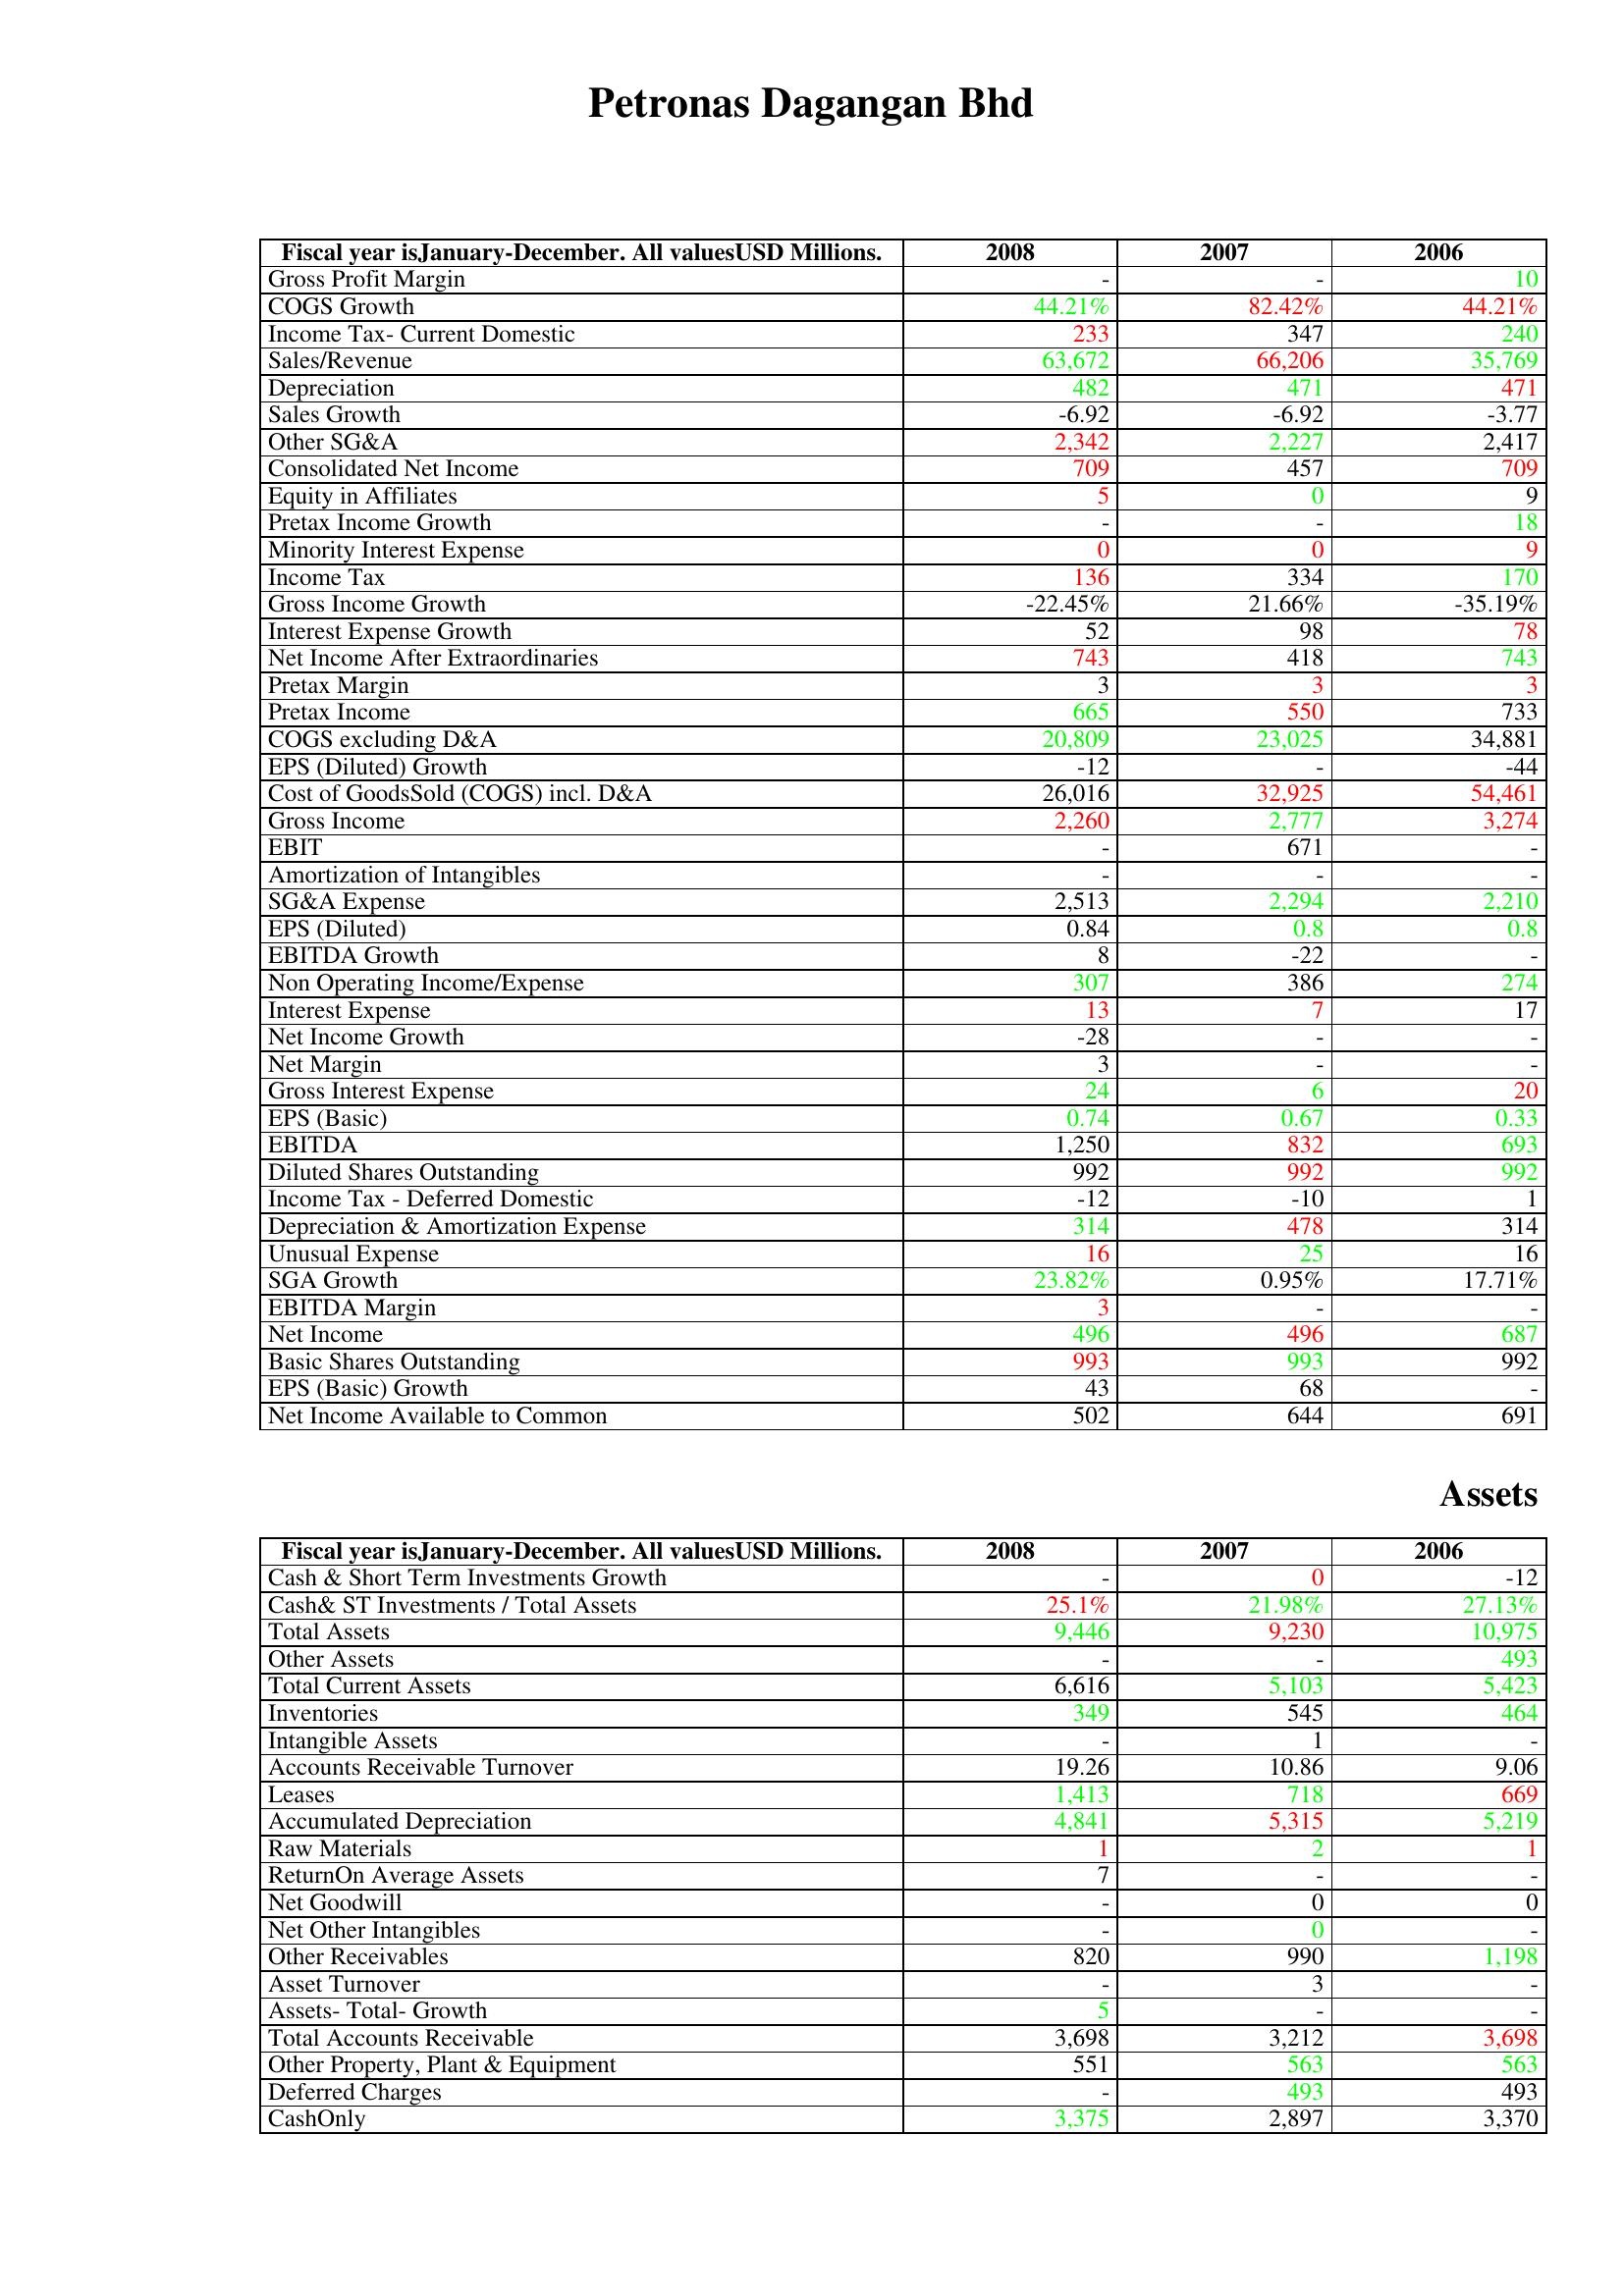
gt_parse: 2008: : Gross Profit Margin: -
COGS Growth: 44.21%
Income Tax- Current Domestic: 233
Sales/Revenue: 63,672
Depreciation: 482
Sales Growth: -6.92
Other SG&A: 2,342
Consolidated Net Income: 709
Equity in Affiliates: 5
Pretax Income Growth: -
Minority Interest Expense: 0
Income Tax: 136
Gross Income Growth: -22.45%
Interest Expense Growth: 52
Net Income After Extraordinaries: 743
Pretax Margin: 3
Pretax Income: 665
COGS excluding D&A: 20,809
EPS (Diluted) Growth: -12
Cost of GoodsSold (COGS) incl. D&A: 26,016
Gross Income: 2,260
EBIT: -
Amortization of Intangibles: -
SG&A Expense: 2,513
EPS (Diluted): 0.84
EBITDA Growth: 8
Non Operating Income/Expense: 307
Interest Expense: 13
Net Income Growth: -28
Net Margin: 3
Gross Interest Expense: 24
EPS (Basic): 0.74
EBITDA: 1,250
Diluted Shares Outstanding: 992
Income Tax - Deferred Domestic: -12
Depreciation & Amortization Expense: 314
Unusual Expense: 16
SGA Growth: 23.82%
EBITDA Margin: 3
Net Income: 496
Basic Shares Outstanding: 993
EPS (Basic) Growth: 43
Net Income Available to Common: 502
Assets: Cash & Short Term Investments Growth: -
Cash& ST Investments / Total Assets: 25.1%
Total Assets: 9,446
Other Assets: -
Total Current Assets: 6,616
Inventories: 349
Intangible Assets: -
Accounts Receivable Turnover: 19.26
Leases: 1,413
Accumulated Depreciation: 4,841
Raw Materials: 1
ReturnOn Average Assets: 7
Net Goodwill: -
Net Other Intangibles: -
Other Receivables: 820
Asset Turnover: -
Assets- Total- Growth: 5
Total Accounts Receivable: 3,698
Other Property, Plant & Equipment: 551
Deferred Charges: -
CashOnly: 3,375
2007: : Gross Profit Margin: -
COGS Growth: 82.42%
Income Tax- Current Domestic: 347
Sales/Revenue: 66,206
Depreciation: 471
Sales Growth: -6.92
Other SG&A: 2,227
Consolidated Net Income: 457
Equity in Affiliates: 0
Pretax Income Growth: -
Minority Interest Expense: 0
Income Tax: 334
Gross Income Growth: 21.66%
Interest Expense Growth: 98
Net Income After Extraordinaries: 418
Pretax Margin: 3
Pretax Income: 550
COGS excluding D&A: 23,025
EPS (Diluted) Growth: -
Cost of GoodsSold (COGS) incl. D&A: 32,925
Gross Income: 2,777
EBIT: 671
Amortization of Intangibles: -
SG&A Expense: 2,294
EPS (Diluted): 0.8
EBITDA Growth: -22
Non Operating Income/Expense: 386
Interest Expense: 7
Net Income Growth: -
Net Margin: -
Gross Interest Expense: 6
EPS (Basic): 0.67
EBITDA: 832
Diluted Shares Outstanding: 992
Income Tax - Deferred Domestic: -10
Depreciation & Amortization Expense: 478
Unusual Expense: 25
SGA Growth: 0.95%
EBITDA Margin: -
Net Income: 496
Basic Shares Outstanding: 993
EPS (Basic) Growth: 68
Net Income Available to Common: 644
Assets: Cash & Short Term Investments Growth: 0
Cash& ST Investments / Total Assets: 21.98%
Total Assets: 9,230
Other Assets: -
Total Current Assets: 5,103
Inventories: 545
Intangible Assets: 1
Accounts Receivable Turnover: 10.86
Leases: 718
Accumulated Depreciation: 5,315
Raw Materials: 2
ReturnOn Average Assets: -
Net Goodwill: 0
Net Other Intangibles: 0
Other Receivables: 990
Asset Turnover: 3
Assets- Total- Growth: -
Total Accounts Receivable: 3,212
Other Property, Plant & Equipment: 563
Deferred Charges: 493
CashOnly: 2,897
2006: : Gross Profit Margin: 10
COGS Growth: 44.21%
Income Tax- Current Domestic: 240
Sales/Revenue: 35,769
Depreciation: 471
Sales Growth: -3.77
Other SG&A: 2,417
Consolidated Net Income: 709
Equity in Affiliates: 9
Pretax Income Growth: 18
Minority Interest Expense: 9
Income Tax: 170
Gross Income Growth: -35.19%
Interest Expense Growth: 78
Net Income After Extraordinaries: 743
Pretax Margin: 3
Pretax Income: 733
COGS excluding D&A: 34,881
EPS (Diluted) Growth: -44
Cost of GoodsSold (COGS) incl. D&A: 54,461
Gross Income: 3,274
EBIT: -
Amortization of Intangibles: -
SG&A Expense: 2,210
EPS (Diluted): 0.8
EBITDA Growth: -
Non Operating Income/Expense: 274
Interest Expense: 17
Net Income Growth: -
Net Margin: -
Gross Interest Expense: 20
EPS (Basic): 0.33
EBITDA: 693
Diluted Shares Outstanding: 992
Income Tax - Deferred Domestic: 1
Depreciation & Amortization Expense: 314
Unusual Expense: 16
SGA Growth: 17.71%
EBITDA Margin: -
Net Income: 687
Basic Shares Outstanding: 992
EPS (Basic) Growth: -
Net Income Available to Common: 691
Assets: Cash & Short Term Investments Growth: -12
Cash& ST Investments / Total Assets: 27.13%
Total Assets: 10,975
Other Assets: 493
Total Current Assets: 5,423
Inventories: 464
Intangible Assets: -
Accounts Receivable Turnover: 9.06
Leases: 669
Accumulated Depreciation: 5,219
Raw Materials: 1
ReturnOn Average Assets: -
Net Goodwill: 0
Net Other Intangibles: -
Other Receivables: 1,198
Asset Turnover: -
Assets- Total- Growth: -
Total Accounts Receivable: 3,698
Other Property, Plant & Equipment: 563
Deferred Charges: 493
CashOnly: 3,370